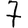
Digit: 7